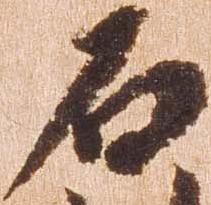
石